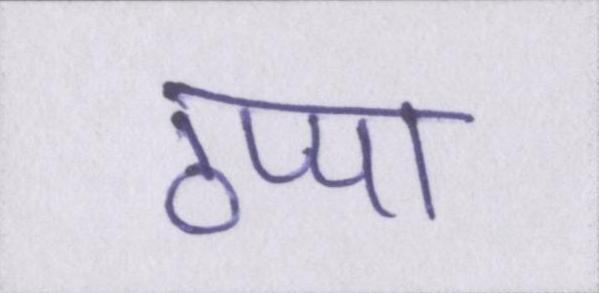
ठप्पा